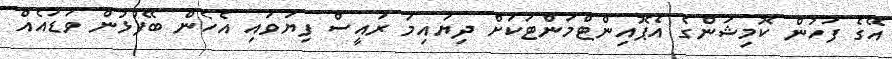
އޭގެ ފަހުން ކޮމިޝަންގެ އެޕޮއިންޓްމަންޓަކަށް ދިޔައިމަ ރައީސް ފިޔަވައި އެހެން ބޭފުޅުން ވަޑައެއް